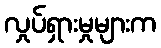
လှုပ်ရှားမှုများက